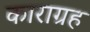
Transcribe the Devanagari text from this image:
काराग्रह